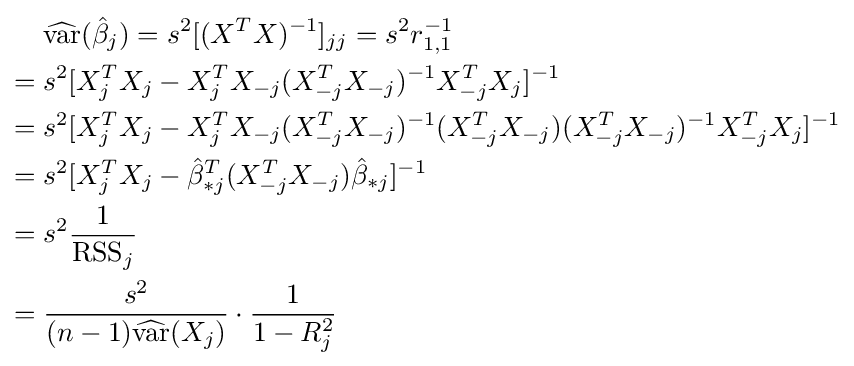
{\begin{aligned}&{\widehat {\operatorname {var} }}({\hat {\beta }}_{j})=s^{2}[(X^{T}X)^{-1}]_{jj}=s^{2}r_{1,1}^{-1}\\={}&s^{2}[X_{j}^{T}X_{j}-X_{j}^{T}X_{-j}(X_{-j}^{T}X_{-j})^{-1}X_{-j}^{T}X_{j}]^{-1}\\={}&s^{2}[X_{j}^{T}X_{j}-X_{j}^{T}X_{-j}(X_{-j}^{T}X_{-j})^{-1}(X_{-j}^{T}X_{-j})(X_{-j}^{T}X_{-j})^{-1}X_{-j}^{T}X_{j}]^{-1}\\={}&s^{2}[X_{j}^{T}X_{j}-{\hat {\beta }}_{*j}^{T}(X_{-j}^{T}X_{-j}){\hat {\beta }}_{*j}]^{-1}\\={}&s^{2}{\frac {1}{\mathrm {RSS} _{j}}}\\={}&{\frac {s^{2}}{(n-1){\widehat {\operatorname {var} }}(X_{j})}}\cdot {\frac {1}{1-R_{j}^{2}}}\end{aligned}}